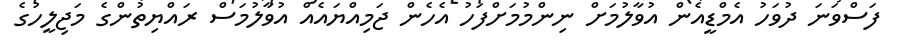
ފަސްވަނަ ދުވަހު އެމްޑީއެން އުވާލުމަށް ނިންމުމަށްފަހު އެހެން ޖަމިއްޔައެއް އުވާލުމަސް ރައްޔިތުންގެ މަޖިލީހުގެ